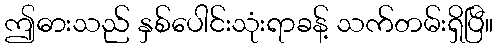
ဤဓားသည် နှစ်ပေါင်းသုံးရာခန့် သက်တမ်းရှိပြီ။